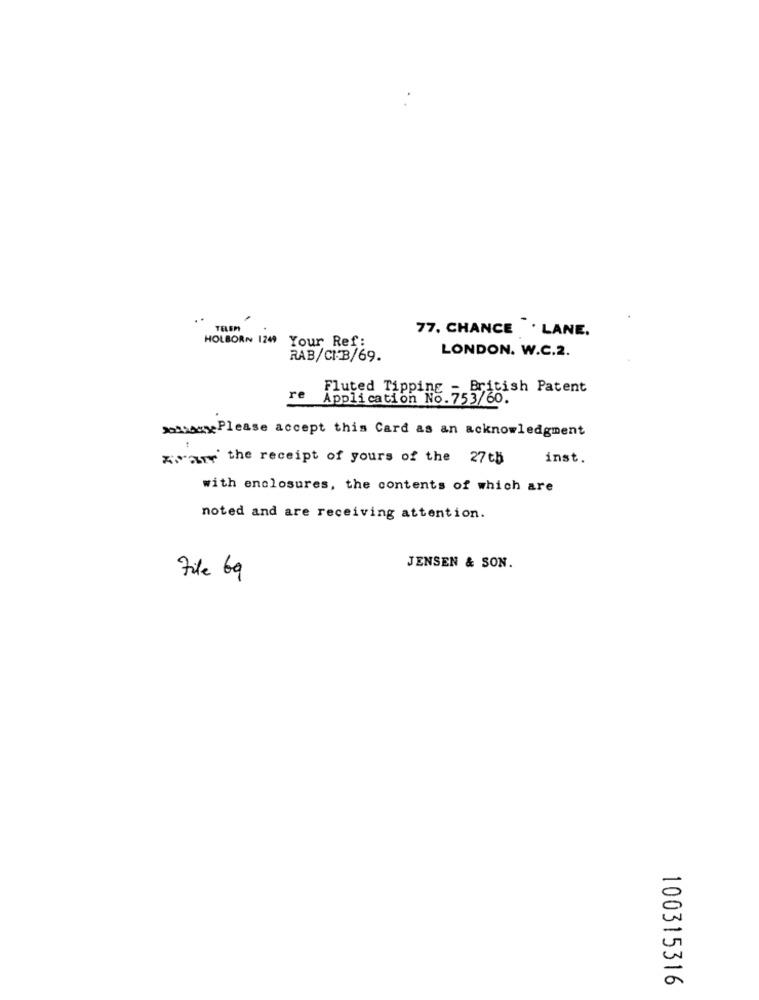
TELEM
77. CHANCE . LANE.
HOLBORN 124 Your Ref:
LONDON. W.C.2.
RAB/CMB/69.
Fluted Tipping - British Patent
re
Application No. 753/60.
sotassePlease accept this Card as an acknowledgement
Fram the receipt of yours of the 27th
inst.
with enclosures, the contents of which are
noted and are receiving attention.
JENSEN & SON.
File 69
100315316